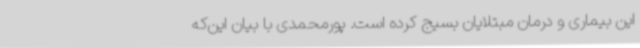
این بیماری و درمان مبتلایان بسیج کرده است. پورمحمدی با بیان این‌که